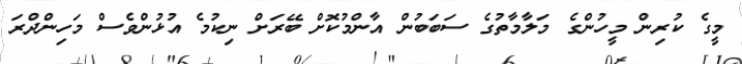
މީގެ ކުރިން މީހުންގެ މަލާމާތުގެ ސަބަބުން އާންމުކޮށް ބޭރަށް ނިކުމެ އުޅުންވެސް މަހިންދްރަ